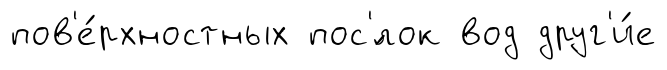
пов'е́рхностных пос'́лок вод друг'и́е